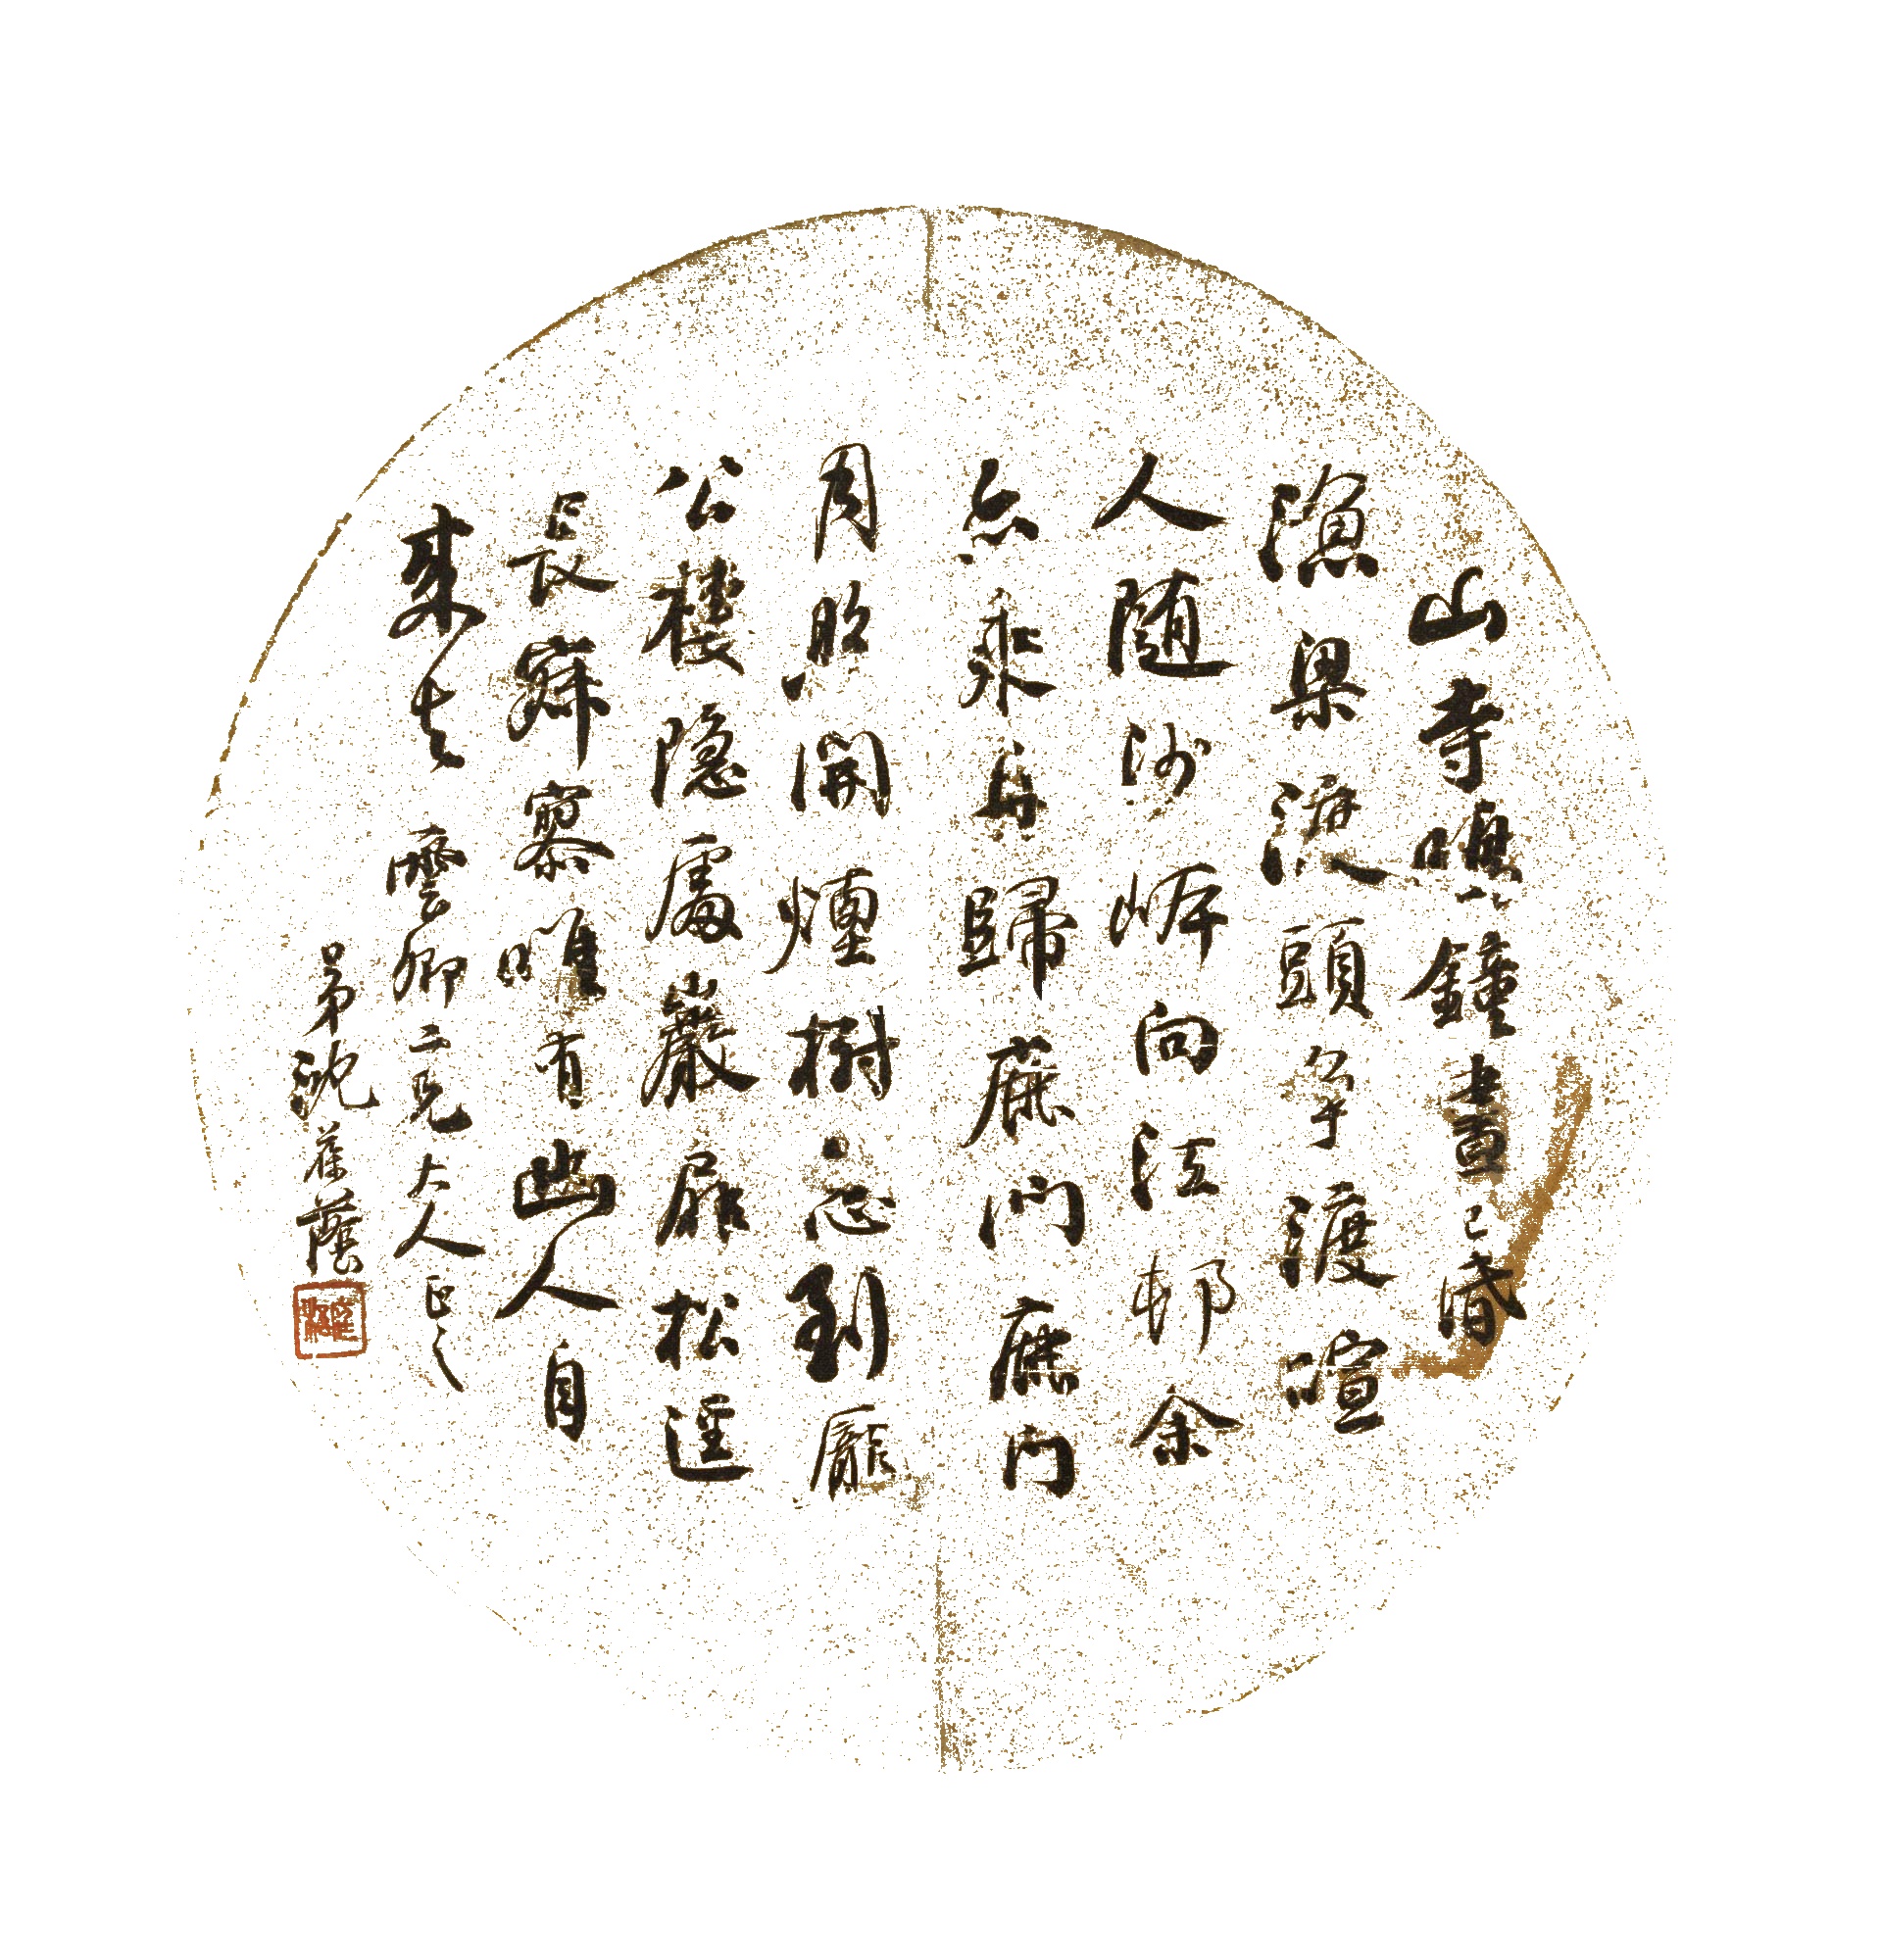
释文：山寺鸣钟昼已昏，渔梁渡头争渡喧。人随沙岸向江邨，余亦乘舟归鹿门。鹿门月照开烟树，忽到庞公栖隐处。岩扉松径长寂寥，唯有幽人自来去。云卿二兄大人正之，弟沈葆荫。